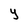
Character: y